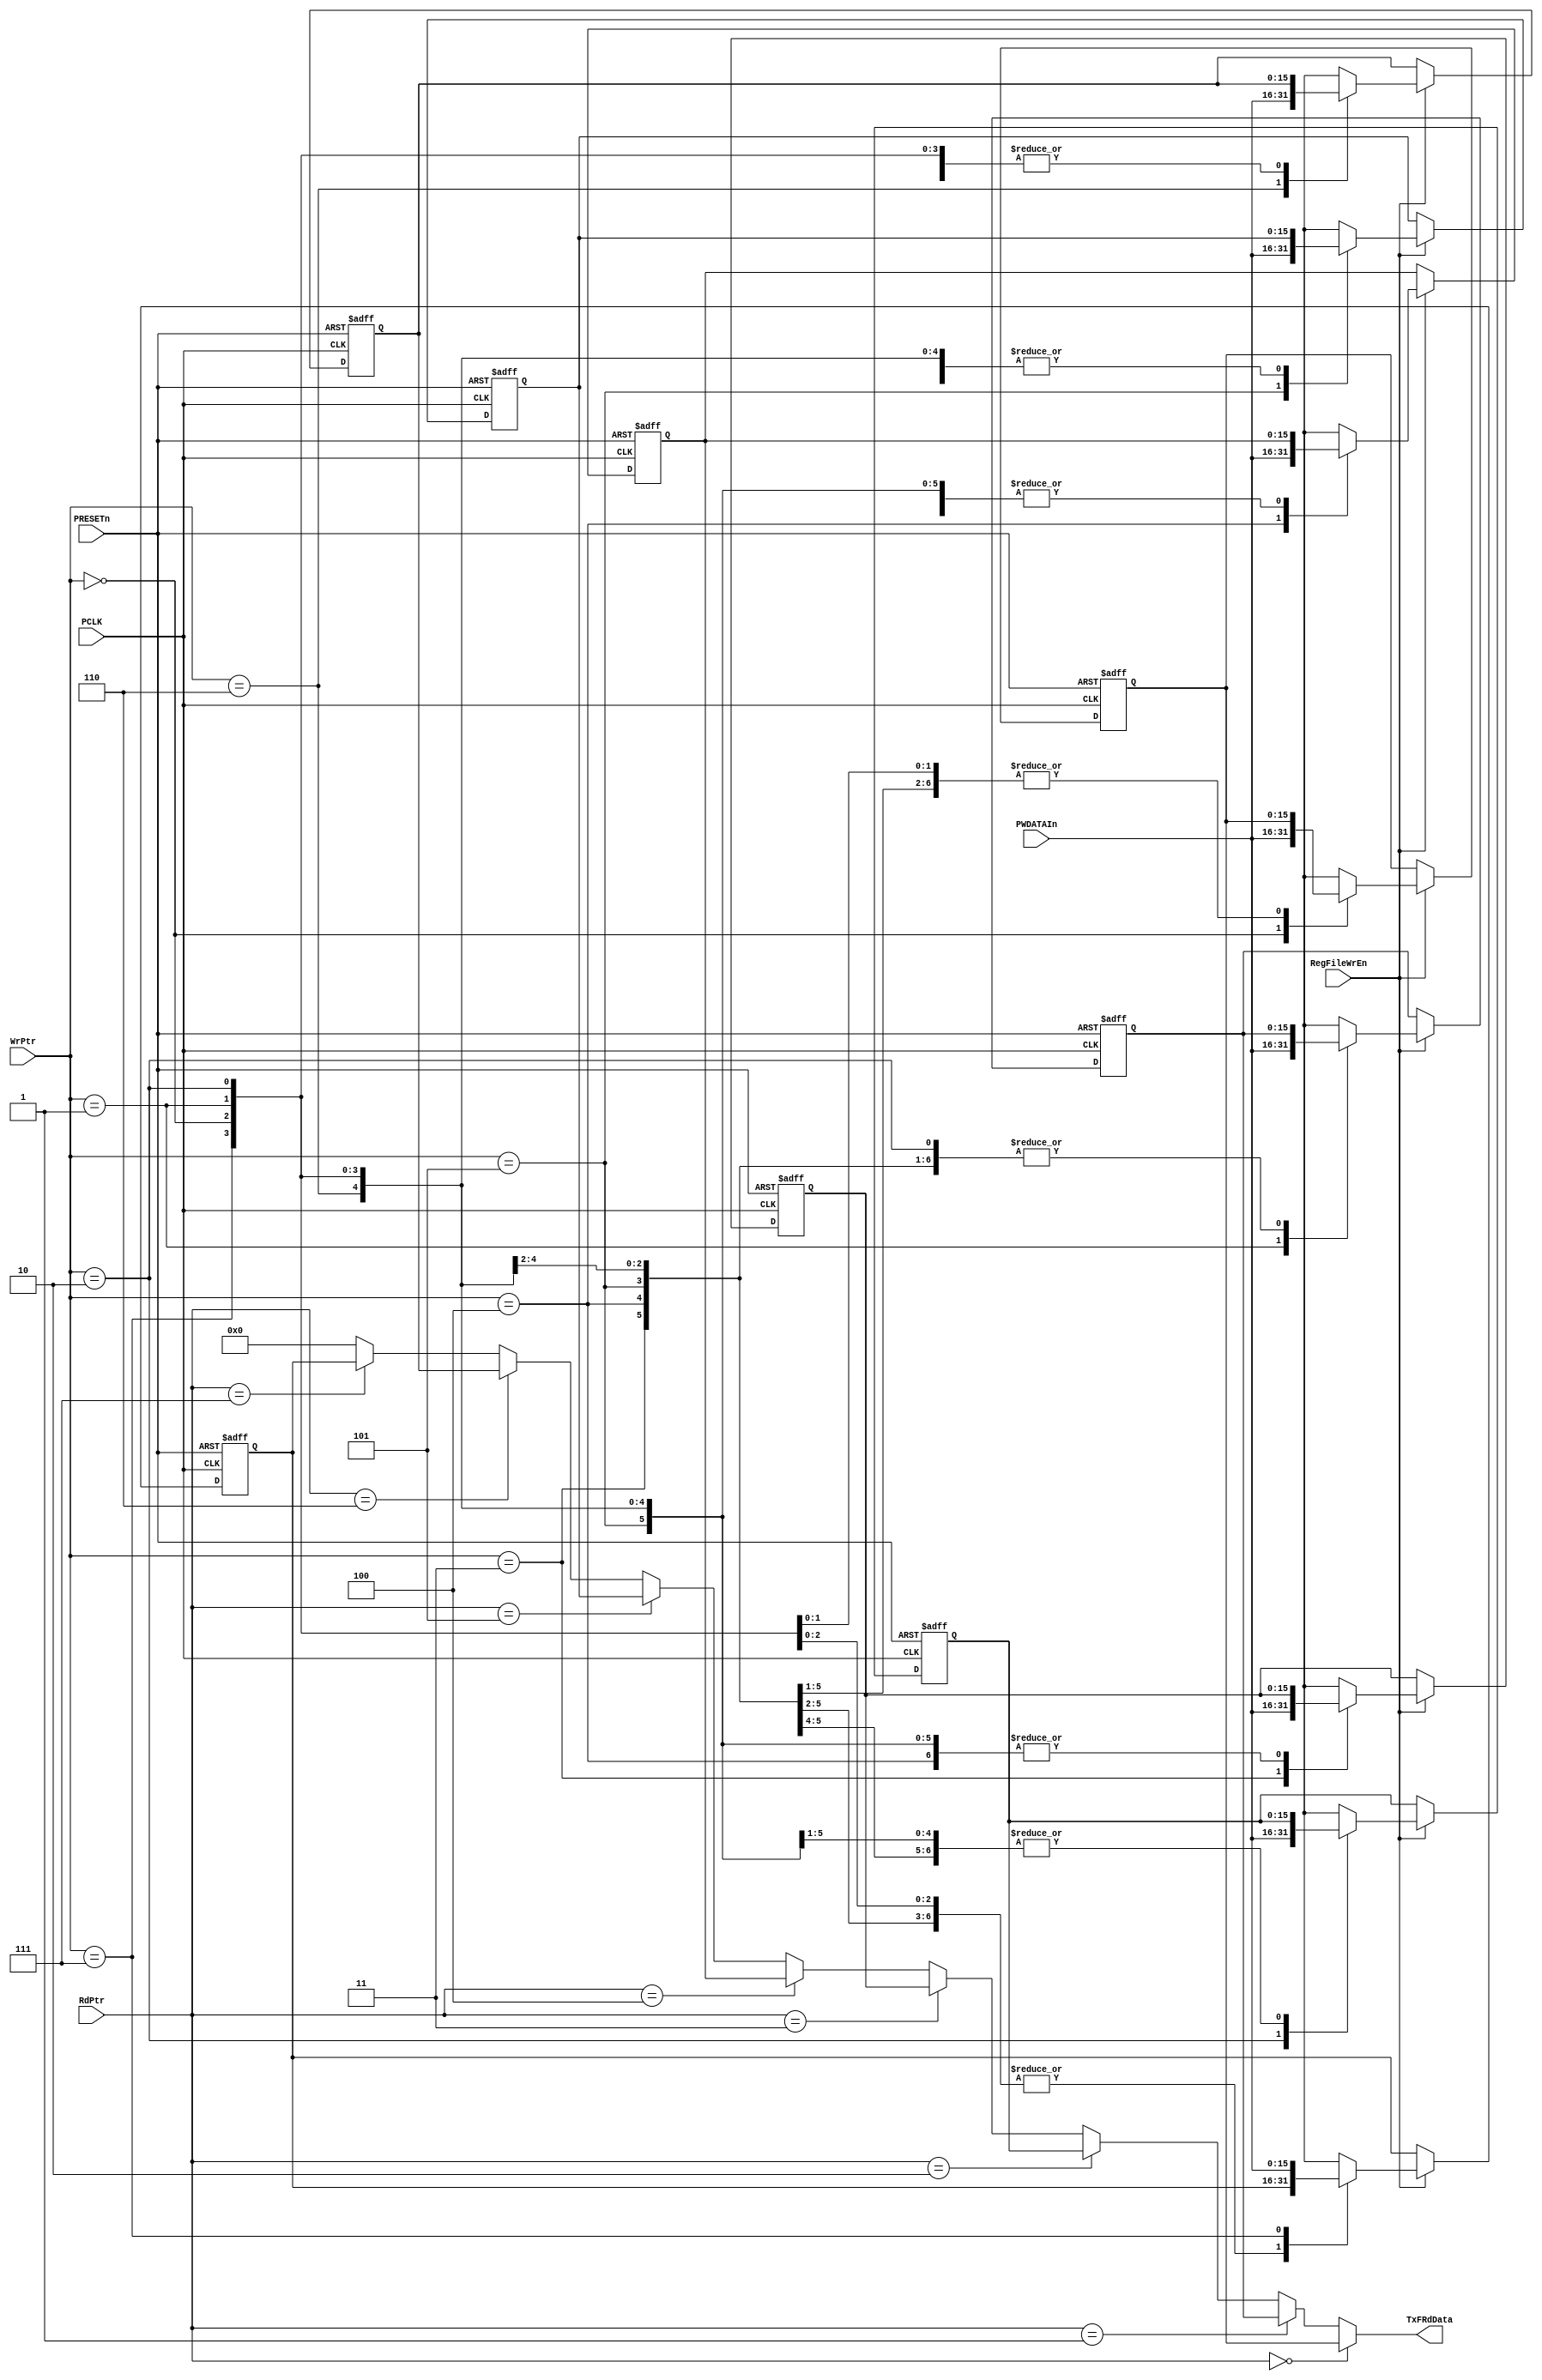
// --=========================================================================--
//  This confidential and proprietary software may be used only as
//  authorised by a licensing agreement from ARM Limited
//    (C) COPYRIGHT 2007-2008 ARM Limited
//        ALL RIGHTS RESERVED
//  The entire notice above must be reproduced on all authorised
//  copies and copies may only be made to the extent permitted
//  by a licensing agreement from ARM Limited.
// -----------------------------------------------------------------------------
//  
//  Version and Release Control Information:
//  
//  File Revision          : 20364
//  
//  Release Information : Cortex-M0 DesignStart-r2p0-00rel0
//  
// -----------------------------------------------------------------------------
  
// -----------------------------------------------------------------------------

// Purpose      : Transmit FIFO Register File 

// --=========================================================================--

`timescale 1ns/1ps

// -----------------------------------------------------------------------------

module SspTxRegFile (
// Inputs
                     PCLK, 
                     PRESETn, 
                     PWDATAIn, 
                     RegFileWrEn, 
                     WrPtr, 
                     RdPtr, 
// Output
                     TxFRdData
                    );

// Inputs
input         PCLK;               // APB bus clock
input         PRESETn;            // APB bus reset
input  [15:0] PWDATAIn;           // Int PWDATA
input         RegFileWrEn;        // Write enable for Reg file 
input   [2:0] WrPtr;              // Write pointer
input   [2:0] RdPtr;              // Read pointer
// Output
output [15:0] TxFRdData;          // Read data

// -----------------------------------------------------------------------------
//
//                               SspTxRegFile
//                               ============
//
// -----------------------------------------------------------------------------
//
// Overview
// ========
//
// This module contains the Register file for the Transmit FIFO. When the 
// Write enable signal RegFileWrEn is asserted, data on the write data bus 
// PWDATAIn is written into the location pointed to by the current value of the
// Write pointer WrPtr. On the read interface, the contents of the location
// pointed to by the current value of the read pointer RdPtr, is driven onto
// the read databus, TxFRdData.
// -----------------------------------------------------------------------------


//------------------------------------------------------------------------------
// Register declarations
//------------------------------------------------------------------------------
reg [15:0]  TxReg0;
// Transmit FIFO register 0 

reg [15:0]  NextTxReg0;
// D-input of TxReg0 

reg [15:0]  TxReg1;
// Transmit FIFO register 1 

reg [15:0]  NextTxReg1;
// D-input of TxReg1 

reg [15:0]  TxReg2;
// Transmit FIFO register 2 

reg [15:0]  NextTxReg2;
// D-input of TxReg2 

reg [15:0]  TxReg3;
// Transmit FIFO register 3 

reg [15:0]  NextTxReg3;
// D-input of TxReg3 

reg [15:0]  TxReg4;
// Transmit FIFO register 4 

reg [15:0]  NextTxReg4;
// D-input of TxReg4 

reg [15:0]  TxReg5;
// Transmit FIFO register 5 

reg [15:0]  NextTxReg5;
// D-input of TxReg5 

reg [15:0]  TxReg6;
// Transmit FIFO register 6 

reg [15:0]  NextTxReg6;
// D-input of TxReg6 

reg [15:0]  TxReg7;
// Transmit FIFO register 7 

reg [15:0]  NextTxReg7;
// D-input of TxReg7 

// -----------------------------------------------------------------------------
//
// Main body of code
// =================
//
// -----------------------------------------------------------------------------

// -----------------------------------------------------------------------------
// Sequential logic for Tx FIFO registers.  
// -----------------------------------------------------------------------------
always @(posedge PCLK or negedge PRESETn)
begin : p_TxRegSeq
  if (PRESETn == 1'b0)
    begin
      TxReg0 <= 16'h0000;
      TxReg1 <= 16'h0000;
      TxReg2 <= 16'h0000;
      TxReg3 <= 16'h0000;
      TxReg4 <= 16'h0000;
      TxReg5 <= 16'h0000;
      TxReg6 <= 16'h0000;
      TxReg7 <= 16'h0000;
    end
  else
    begin
      TxReg0 <= NextTxReg0;
      TxReg1 <= NextTxReg1;
      TxReg2 <= NextTxReg2;
      TxReg3 <= NextTxReg3;
      TxReg4 <= NextTxReg4;
      TxReg5 <= NextTxReg5;
      TxReg6 <= NextTxReg6;
      TxReg7 <= NextTxReg7;
    end
end // p_TxRegSeq;

// -----------------------------------------------------------------------------
// Write logic. When the Write enable signal, RegFileWrEn, is asserted, data on
// the write data bus PWDATAIn is written into the location pointed to by the
// current value of the Write pointer, WrPtr[2:0].
// -----------------------------------------------------------------------------
always @(TxReg0 or TxReg1 or TxReg2 or TxReg3 or TxReg4 or TxReg5 or TxReg6 or 
         TxReg7 or  WrPtr or RegFileWrEn or PWDATAIn)
begin : p_WrComb
  NextTxReg0 = TxReg0;
  NextTxReg1 = TxReg1;
  NextTxReg2 = TxReg2;
  NextTxReg3 = TxReg3;
  NextTxReg4 = TxReg4;
  NextTxReg5 = TxReg5;
  NextTxReg6 = TxReg6;
  NextTxReg7 = TxReg7;
  if (RegFileWrEn == 1'b1)
    case (WrPtr)
      3'b000 : NextTxReg0 = PWDATAIn;
      3'b001 : NextTxReg1 = PWDATAIn;
      3'b010 : NextTxReg2 = PWDATAIn;
      3'b011 : NextTxReg3 = PWDATAIn;
      3'b100 : NextTxReg4 = PWDATAIn;
      3'b101 : NextTxReg5 = PWDATAIn;
      3'b110 : NextTxReg6 = PWDATAIn;
      3'b111 : NextTxReg7 = PWDATAIn;
      default : ;
    endcase
end // p_WrComb;

// -----------------------------------------------------------------------------
// Read Mux. The contents of the location pointed to by the current value of
// the read pointer RdPtr, is driven onto the read databus, TxFRdData.
// -----------------------------------------------------------------------------
assign TxFRdData = (RdPtr == 3'b000) ? TxReg0 : (
                   (RdPtr == 3'b001) ? TxReg1 : (
                   (RdPtr == 3'b010) ? TxReg2 : (
                   (RdPtr == 3'b011) ? TxReg3 : (
                   (RdPtr == 3'b100) ? TxReg4 : (
                   (RdPtr == 3'b101) ? TxReg5 : (
                   (RdPtr == 3'b110) ? TxReg6 : (
                   (RdPtr == 3'b111) ? TxReg7 : (
                   16'h0000))))))));

endmodule

// --================================ End ====================================--